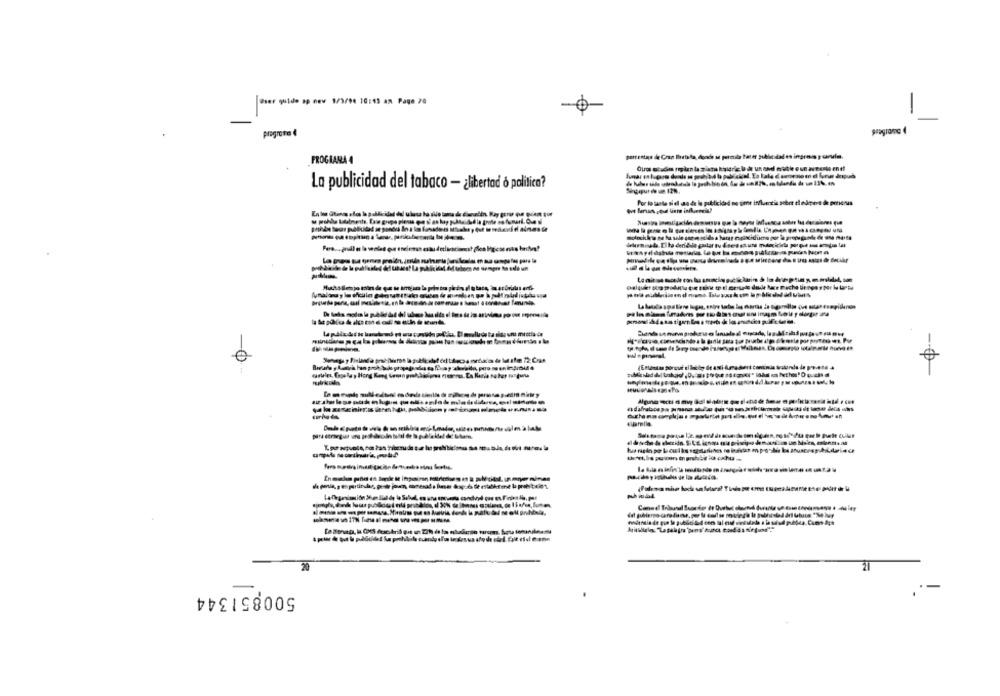
Sser quide ap neu 1/3/94 10:15 an Page 20
-
progrote €
PROGRAMA 4
La publicidad del tabaco - ¿ libertad ó politica?
Por lo tuote si el as de la publicidad no fime influencia sobre el ndmere de peterus
20
500851344